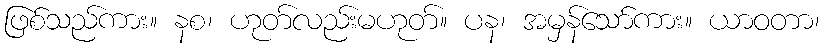
ဖြစ်သည်ကား။ နစ၊ ဟုတ်လည်းမဟုတ်။ ပန၊ အမှန်သော်ကား။ ယာဝတာ၊